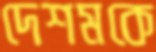
দেশমকে